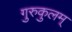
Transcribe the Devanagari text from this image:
गुरुकुलम्